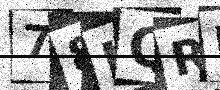
Text: 78KQRP